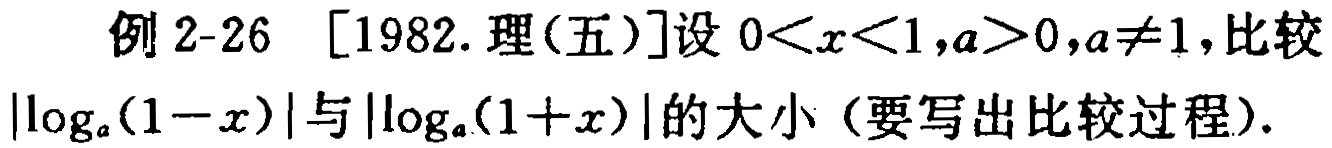
例2-26 [1982.理(五)]设\(0<x<1,a>0,a\neq1\),比较\(\vert\log_{a}(1 - x)\vert\)与\(\vert\log_{a}(1 + x)\vert\)的大小（要写出比较过程）.